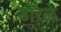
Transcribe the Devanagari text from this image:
डोरले